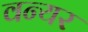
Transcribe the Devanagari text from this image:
वन्यर